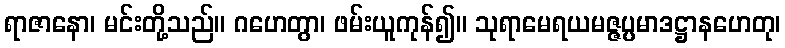
ရာဇာနော၊ မင်းတို့သည်။ ဂဟေတွာ၊ ဖမ်းယူကုန်၍။ သုရာမေရယမဇ္ဇပ္ပမာဒဋ္ဌာနဟေတု၊